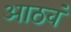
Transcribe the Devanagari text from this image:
आठवं